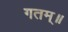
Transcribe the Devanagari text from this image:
गतम्॥